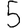
Digit: 5